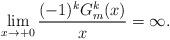
LaTeX: \begin{align*} \lim_{x \to +0}\frac{(-1)^{k}G^{k}_m(x)}{x} = \infty. \end{align*}